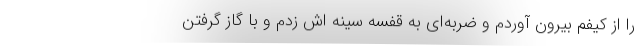
را از کیفم بیرون آوردم و ضربه‌ای به قفسه سینه اش زدم و با گاز گرفتن